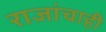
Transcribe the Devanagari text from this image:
राजांचाही